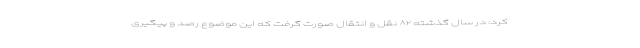
کرد: در سال گذشته ۸۲ نقل و انتقال صورت گرفت که این موضوع رصد و پیگیری